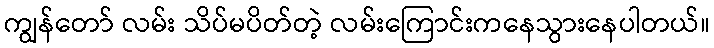
ကျွန်တော် လမ်း သိပ်မပိတ်တဲ့ လမ်းကြောင်းကနေသွားနေပါတယ်။